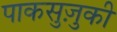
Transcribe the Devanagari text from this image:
पाकसुज़ुकी